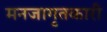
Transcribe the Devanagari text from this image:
मनजागृतकारी